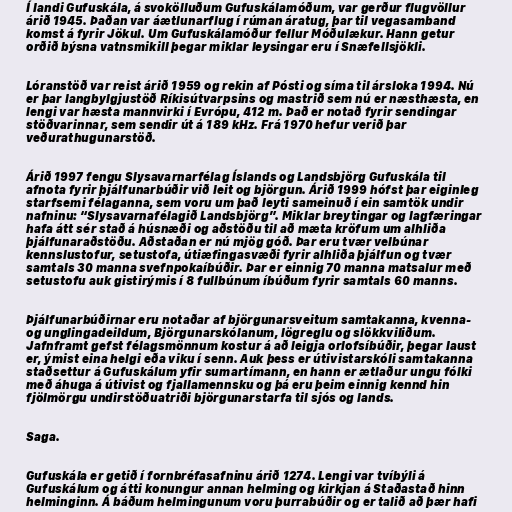
Í landi Gufuskála, á svokölluðum Gufuskálamóðum, var gerður flugvöllur
árið 1945. Þaðan var áætlunarflug í rúman áratug, þar til vegasamband
komst á fyrir Jökul. Um Gufuskálamóður fellur Móðulækur. Hann getur
orðið býsna vatnsmikill þegar miklar leysingar eru í Snæfellsjökli.

Lóranstöð var reist árið 1959 og rekin af Pósti og síma til ársloka 1994. Nú
er þar langbylgjustöð Ríkisútvarpsins og mastrið sem nú er næsthæsta, en
lengi var hæsta mannvirki í Evrópu, 412 m. Það er notað fyrir sendingar
stöðvarinnar, sem sendir út á 189 kHz. Frá 1970 hefur verið þar
veðurathugunarstöð.

Árið 1997 fengu Slysavarnarfélag Íslands og Landsbjörg Gufuskála til
afnota fyrir þjálfunarbúðir við leit og björgun. Árið 1999 hófst þar eiginleg
starfsemi félaganna, sem voru um það leyti sameinuð í ein samtök undir
nafninu: “Slysavarnafélagið Landsbjörg”. Miklar breytingar og lagfæringar
hafa átt sér stað á húsnæði og aðstöðu til að mæta kröfum um alhliða
þjálfunaraðstöðu. Aðstaðan er nú mjög góð. Þar eru tvær velbúnar
kennslustofur, setustofa, útiæfingasvæði fyrir alhliða þjálfun og tvær
samtals 30 manna svefnpokaíbúðir. Þar er einnig 70 manna matsalur með
setustofu auk gistirýmis í 8 fullbúnum íbúðum fyrir samtals 60 manns.

Þjálfunarbúðirnar eru notaðar af björgunarsveitum samtakanna, kvenna-
og unglingadeildum, Björgunarskólanum, lögreglu og slökkviliðum.
Jafnframt gefst félagsmönnum kostur á að leigja orlofsíbúðir, þegar laust
er, ýmist eina helgi eða viku í senn. Auk þess er útivistarskóli samtakanna
staðsettur á Gufuskálum yfir sumartímann, en hann er ætlaður ungu fólki
með áhuga á útivist og fjallamennsku og þá eru þeim einnig kennd hin
fjölmörgu undirstöðuatriði björgunarstarfa til sjós og lands.

Saga.

Gufuskála er getið í fornbréfasafninu árið 1274. Lengi var tvíbýli á
Gufuskálum og átti konungur annan helming og kirkjan á Staðastað hinn
helminginn. Á báðum helmingunum voru þurrabúðir og er talið að þær hafi